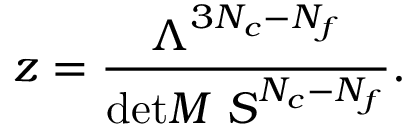
z = \frac { \Lambda ^ { 3 N _ { c } - N _ { f } } } { \mathrm { d e t } M \ S ^ { N _ { c } - N _ { f } } } .